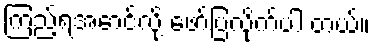
ကြည့်ရအောင်လို့ ဖော်ပြလိုက်ပါ တယ်။